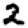
Digit: 2